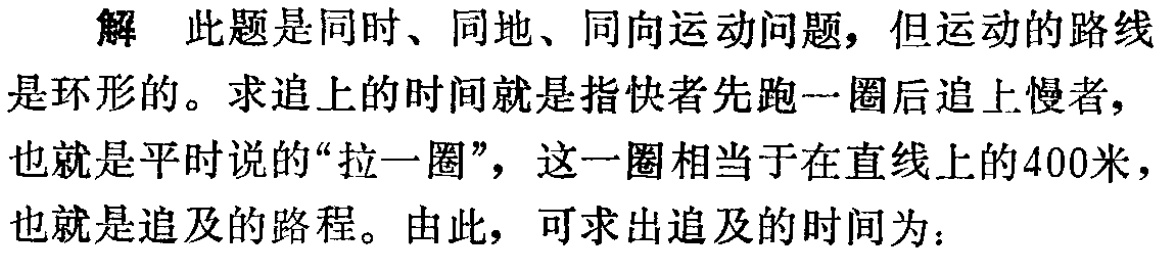
解 此题是同时、同地、同向运动问题，但运动的路线是环形的。求追上的时间就是指快者先跑一圈后追上慢者，也就是平时说的“拉一圈”，这一圈相当于在直线上的400米，也就是追及的路程。由此，可求出追及的时间为：